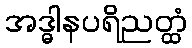
အဒ္ဓါနပရိညတ္ထံ